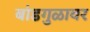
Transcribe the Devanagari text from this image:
बांडगुळावर